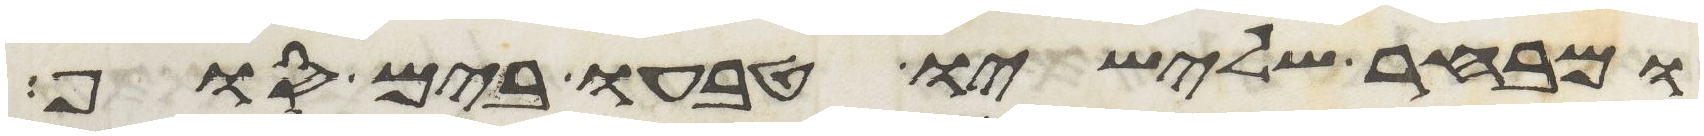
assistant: ומבחר שלישיו טבעו בים סוף